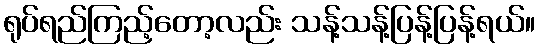
ရုပ်ရည်ကြည့်တော့လည်း သန့်သန့်ပြန့်ပြန့်ရယ်။